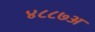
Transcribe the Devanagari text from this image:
४८८७अ